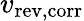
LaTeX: v_{\mathrm{rev,corr}}